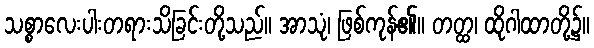
သစ္စာလေးပါးတရားသိခြင်းတို့သည်။ အာသုံ၊ ဖြစ်ကုန်၏။ တတ္ထ၊ ထိုဂါထာတို့၌။